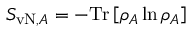
S _ { \mathrm { v N } , A } = - \mathrm { T r } \left[ \rho _ { A } \ln \rho _ { A } \right]